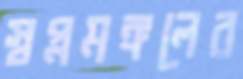
স্বপ্নমঙ্গলের